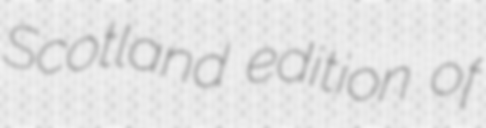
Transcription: Scotland edition of